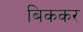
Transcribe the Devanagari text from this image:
बिककर